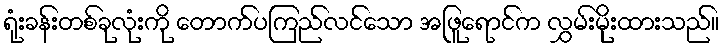
ရုံးခန်းတစ်ခုလုံးကို တောက်ပကြည်လင်သော အဖြူရောင်က လွှမ်းမိုးထားသည်။